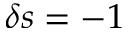
\delta s = - 1